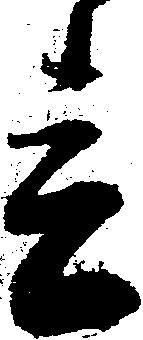
春